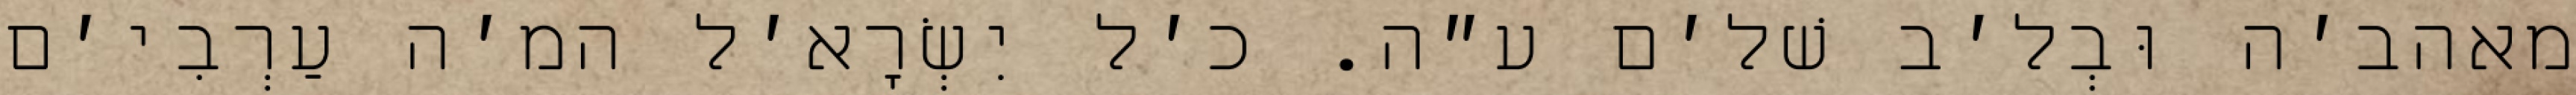
מאהב׳ה וּבְל׳ב שׁל׳ם ע״ה. כ׳ל יִשְׂרָא׳ל המ׳ה עַרְבִי׳ם